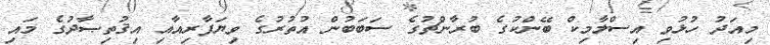
މިއަދު ހުޅުވި އިސްލާމިކް ބޭންކުގެ ބުރާންޗުގެ ސަބަބުން އުތުރުގެ ވިޔަފާރިއާއި އިޤުތިޞާދުގެ މައި